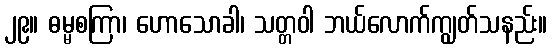
၂၉။ ဓမ္မစကြာ၊ ဟောသောခါ၊ သတ္တဝါ ဘယ်လောက်ကျွတ်သနည်း။